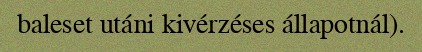
baleset utáni kivérzéses állapotnál).